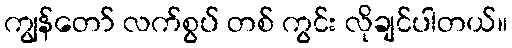
ကျွန်တော် လက်စွပ် တစ် ကွင်း လိုချင်ပါတယ်။